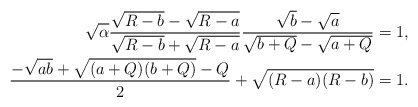
\begin{align*}\sqrt{\alpha}\frac{\sqrt{R-b}-\sqrt{R-a}}{\sqrt{R-b}+\sqrt{R-a}}\frac{\sqrt{b}-\sqrt{a}}{\sqrt{b+Q}-\sqrt{a+Q}}&=1,\\\frac{-\sqrt{ab}+\sqrt{(a+Q)(b+Q)}-Q}{2}+\sqrt{(R-a)(R-b)}&=1.\end{align*}